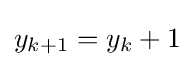
y_{k+1}=y_{k}+1